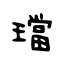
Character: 璫